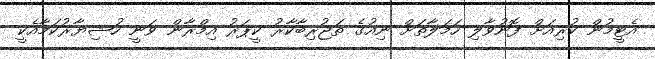
އެޓީމުން ކުރިއަށް ފޮނުވާލި ހަމަލާތަށް ނިއުގެ ތަޖުރިބާކާރު ކީޕަރު އިމްރާން ވަނީ ހުޝިޔާރުކަމާއެކީ